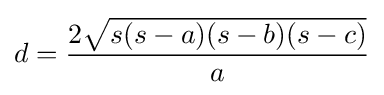
d={\frac {2{\sqrt {s(s-a)(s-b)(s-c)}}}{a}}